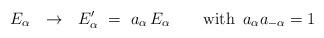
LaTeX: \begin{align*}E_\alpha~~\rightarrow~~E_\alpha^\prime~=~a_\alpha \, E_\alpha \qquad \mbox{with $\, a_\alpha a_{-\alpha} = 1$}\end{align*}